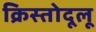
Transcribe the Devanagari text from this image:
क्रिस्तोदूलू